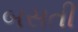
બસતી